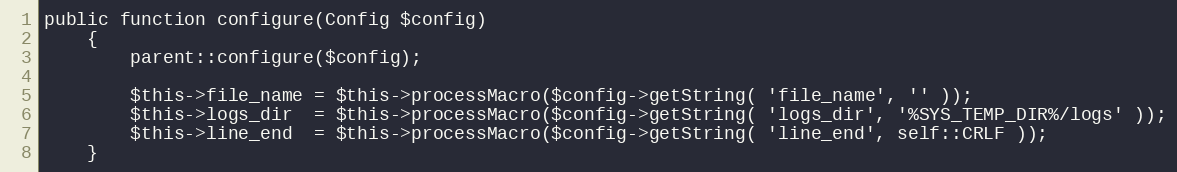
Language: PHP
public function configure(Config $config)
    {
        parent::configure($config);

        $this->file_name = $this->processMacro($config->getString( 'file_name', '' ));
        $this->logs_dir  = $this->processMacro($config->getString( 'logs_dir', '%SYS_TEMP_DIR%/logs' ));
        $this->line_end  = $this->processMacro($config->getString( 'line_end', self::CRLF ));
    }